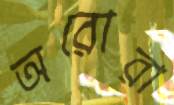
অরোরা